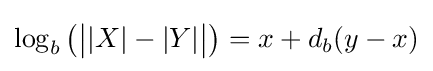
\log _{b}{\big (}{\big |}|X|-|Y|{\big |}{\big )}=x+d_{b}(y-x)